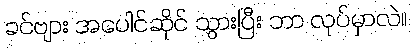
ခင်ဗျား အပေါင်ဆိုင် သွားပြီး ဘာ လုပ်မှာလဲ။